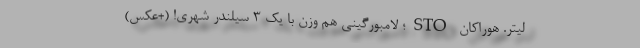
لیتر. هوراکان STO؛ لامبورگینی هم وزن با یک 3 سیلندر شهری! (+عکس) -